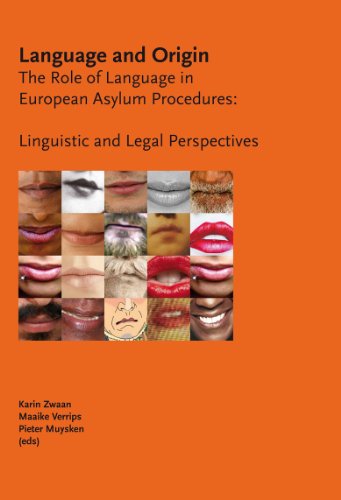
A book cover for Language and Origin: The Role of Language in European Asylum Procedures: Linguistic and Legal Perspectives; Law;